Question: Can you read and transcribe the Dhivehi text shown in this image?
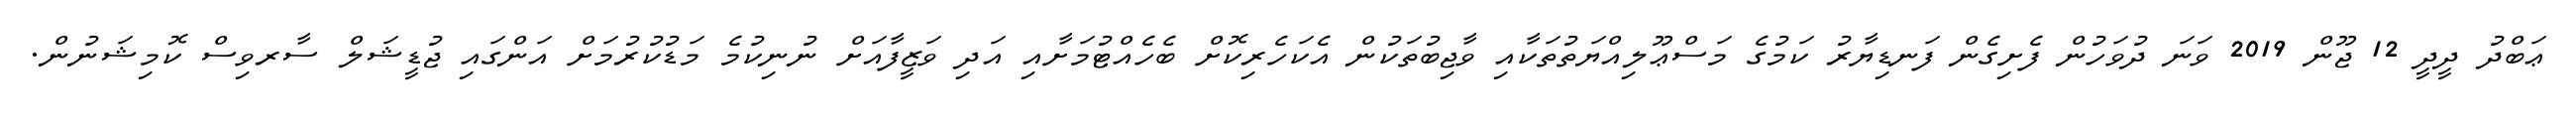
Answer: ޢަބްދު ދީދީ 12 ޖޫން 2019 ވަނަ ދުވަހުން ފެށިގެން ފަނޑިޔާރު ކަމުގެ މަސްޢޫލިއްޔަތުތަކާއި ވާޖިބުތަކުން އެކަހެރިކޮށް ބެހެއްޓުމަށާއި އަދި ވަޒީފާއަށް ނުނިކުމެ މަޑުކުރުމަށް އަންގައި ޖުޑީޝަލް ސާރވިސް ކޮމިޝަނުން.